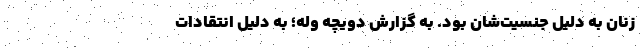
زنان به دلیل جنسیت‌شان بود. به گزارش دویچه وله؛ به دلیل انتقادات